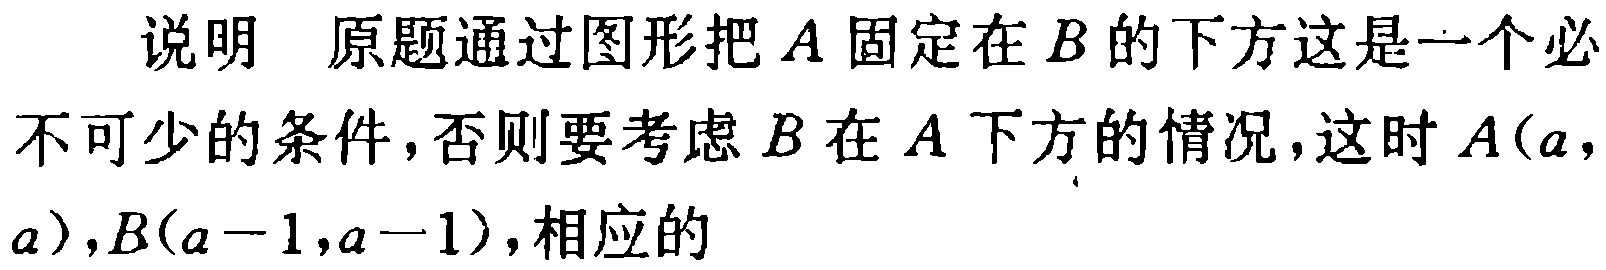
说明 原题通过图形把\(A\)固定在\(B\)的下方这是一个必不可少的条件，否则要考虑\(B\)在\(A\)下方的情况，这时\(A(a,a)\)，\(B(a - 1,a - 1)\)，相应的